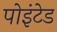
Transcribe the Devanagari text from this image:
पोइंटेड